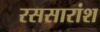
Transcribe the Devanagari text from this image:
रससारांश